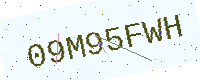
Text: 09M95FWH